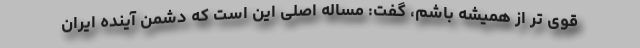
قوی تر از همیشه باشم، گفت: مساله اصلی این است که دشمن آینده ایران